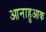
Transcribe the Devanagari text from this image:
आनाहुआक